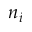
n _ { i }